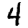
Digit: 4